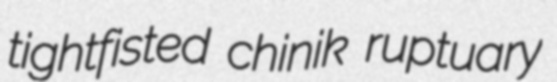
tightfisted chinik ruptuary